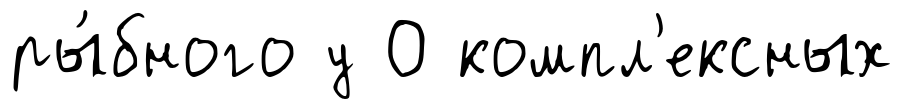
ры́бного у О компл'ексных